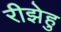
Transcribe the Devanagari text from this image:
रीझेहु